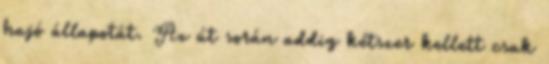
hajó állapotát. Az út során addig kétszer kellett csak